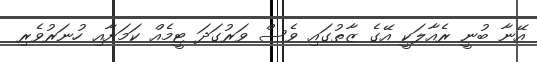
އޭނާ ބުނީ ރެއާލަކީ އޭގެ ޒާތުގައި ވެސް ވަރުގަދަ ޓީމެއް ކަމަށާއި ހުނަރުވެރި